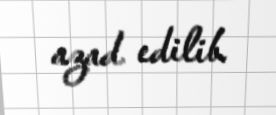
azad edilib.